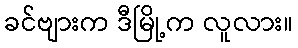
ခင်ဗျားက ဒီမြို့က လူလား။